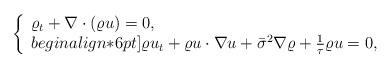
LaTeX: \begin{align*}\left\{\begin{array}{ll}\varrho_t + \nabla\cdot(\varrho u)=0, \\begin{align*}6pt]\varrho u_t + \varrho u\cdot\nabla u+ \bar{\sigma}^2\nabla \varrho + \frac{1}{\tau}\varrho u =0,\end{array}\right.\end{align*}